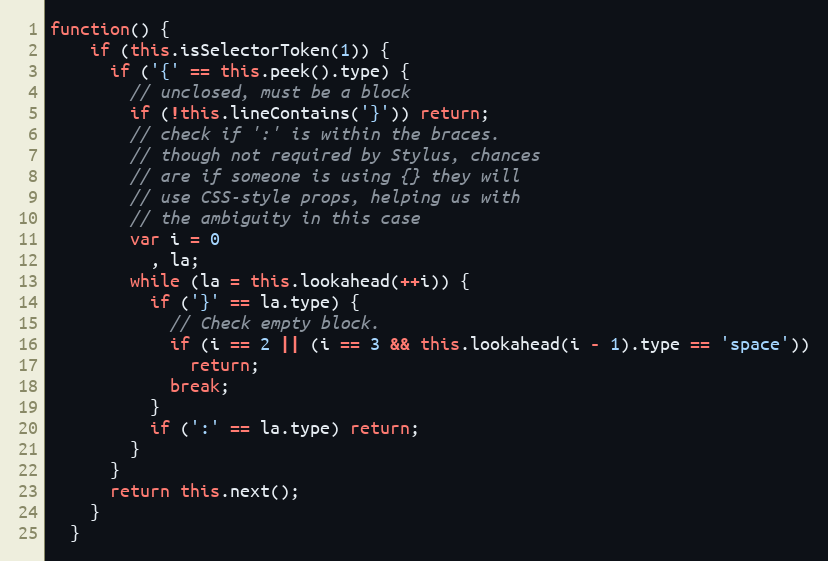
Language: JavaScript
function() {
    if (this.isSelectorToken(1)) {
      if ('{' == this.peek().type) {
        // unclosed, must be a block
        if (!this.lineContains('}')) return;
        // check if ':' is within the braces.
        // though not required by Stylus, chances
        // are if someone is using {} they will
        // use CSS-style props, helping us with
        // the ambiguity in this case
        var i = 0
          , la;
        while (la = this.lookahead(++i)) {
          if ('}' == la.type) {
            // Check empty block.
            if (i == 2 || (i == 3 && this.lookahead(i - 1).type == 'space'))
              return;
            break;
          }
          if (':' == la.type) return;
        }
      }
      return this.next();
    }
  }